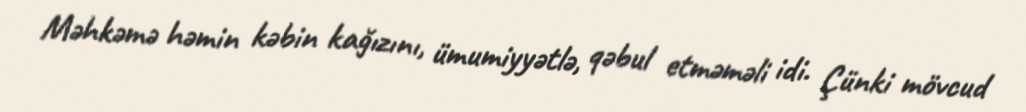
Məhkəmə həmin kəbin kağızını, ümumiyyətlə, qəbul etməməli idi. Çünki mövcud